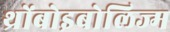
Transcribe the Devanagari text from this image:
थ्रोंबोइबोलिज्म